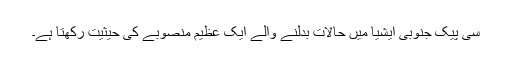
سی پیک جنوبی ایشیا میں حالات بدلنے والے ایک عظیم منصوبے کی حیثیت رکھتا ہے۔